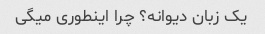
یک زبان دیوانه؟ چرا اینطوری میگی